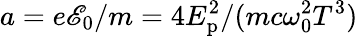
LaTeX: a={e{\mathscr{E}_{0}}}/{m}={4E_{\mathrm{p}}^{2}}/{(mc\omega_{0}^{2}T^{3})}